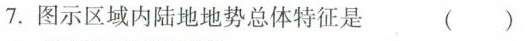
7.图示区域内陆地地势总体特征是 ( )